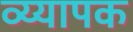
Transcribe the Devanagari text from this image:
व्य्यापक